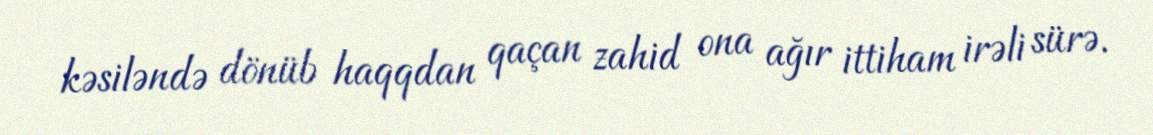
kəsiləndə dönüb haqqdan qaçan zahid ona ağır ittiham irəli sürə.